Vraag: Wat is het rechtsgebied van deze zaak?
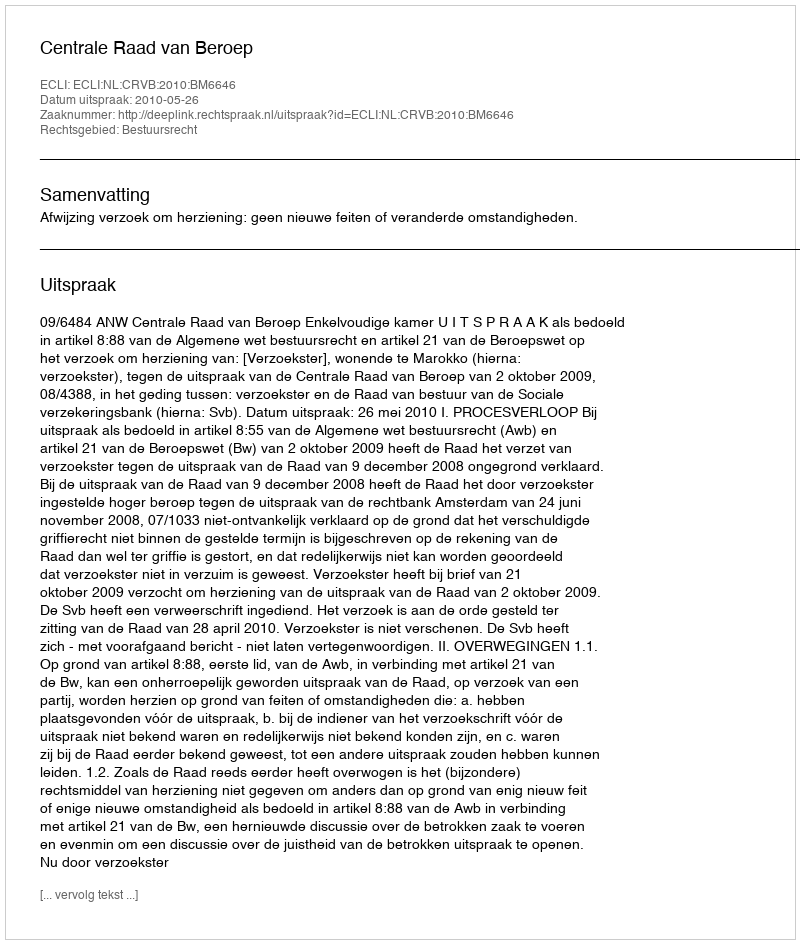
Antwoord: Bestuursrecht